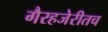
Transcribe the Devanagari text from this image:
गैरहजेरीतच